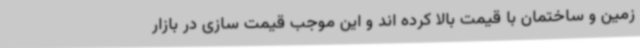
زمین و ساختمان با قیمت بالا کرده اند و این موجب قیمت سازی در بازار